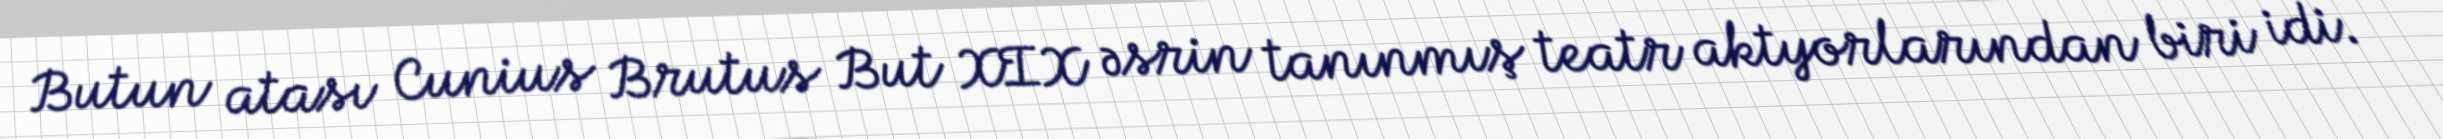
Butun atası Cunius Brutus But XIX əsrin tanınmış teatr aktyorlarından biri idi.